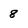
Character: 8